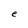
Character: e